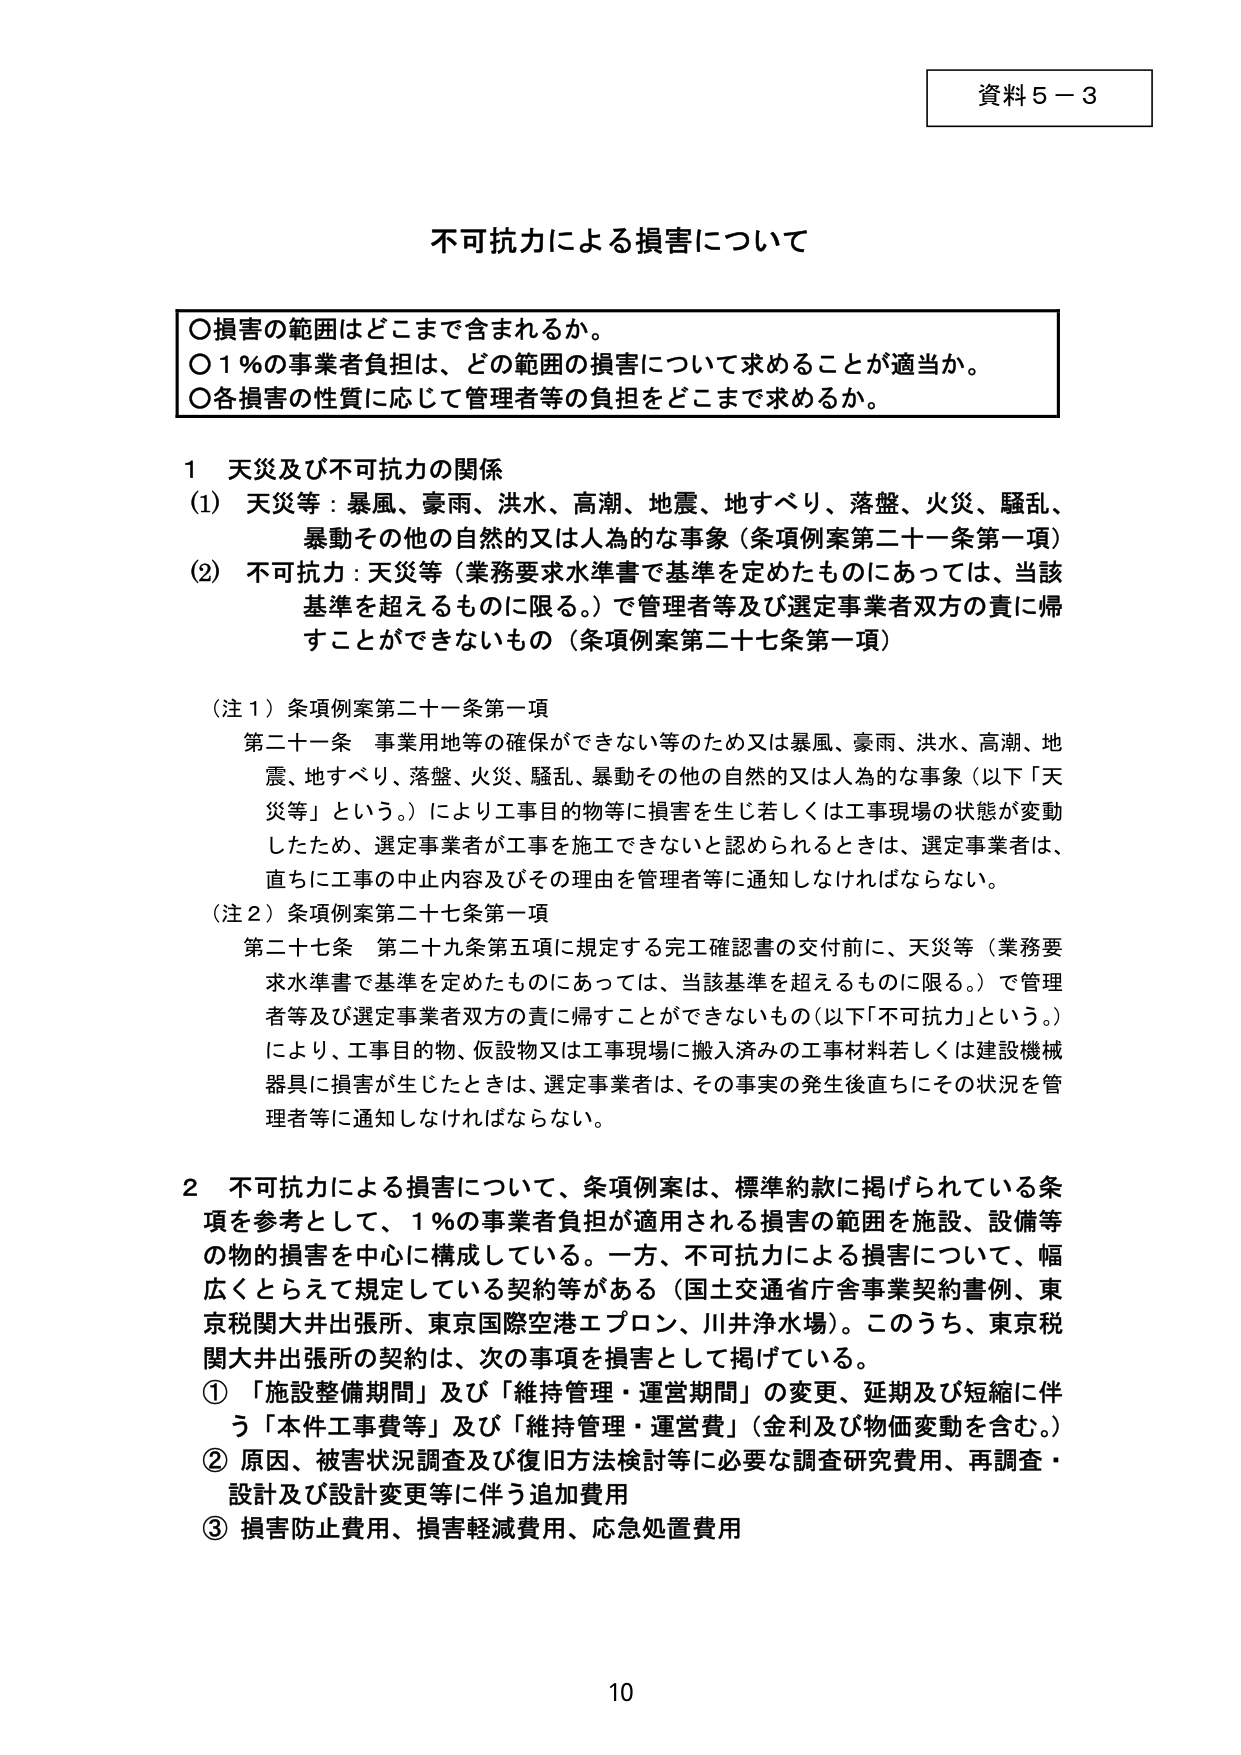
資料５－３

不可抗力による損害について

○損害の範囲はどこまで含まれるか。
○１％の事業者負担は、どの範囲の損害について求めることが適当か。
○各損害の性質に応じて管理者等の負担をどこまで求めるか。

１　天災及び不可抗力の関係
（1）　天災等：暴風、豪雨、洪水、高潮、地震、地すべり、落盤、火災、騒乱、
　　　暴動その他の自然的又は人為的な事象（条項例案第二十一条第一項）
（2）　不可抗力：天災等（業務要求水準書で基準を定めたものにあっては、当該
　　　基準を超えるものに限る。）で管理者等及び選定事業者双方の責に帰
　　　すことができないもの（条項例案第二十七条第一項）

（注１）条項例案第二十一条第一項
　　　第二十一条　事業用地等の確保ができない等のため又は暴風、豪雨、洪水、高潮、地
　　　震、地すべり、落盤、火災、騒乱、暴動その他の自然的又は人為的な事象（以下「天
　　　災等」という。）により工事目的物等に損害を生じ若しくは工事現場の状態が変動
　　　したため、選定事業者が工事を施工できないと認められるときは、選定事業者は、
　　　直ちに工事の中止内容及びその理由を管理者等に通知しなければならない。

（注２）条項例案第二十七条第一項
　　　第二十七条　第二十九条第五項に規定する完工確認書の交付前に、天災等（業務要
　　　求水準書で基準を定めたものにあっては、当該基準を超えるものに限る。）で管理
　　　者等及び選定事業者双方の責に帰すことができないもの（以下「不可抗力」という。）
　　　により、工事目的物、仮設物又は工事現場に搬入済みの工事材料若しくは建設機械
　　　器具に損害が生じたときは、選定事業者は、その事実の発生後直ちにその状況を管
　　　理者等に通知しなければならない。

２　不可抗力による損害について、条項例案は、標準約款に掲げられている条
　項を参考として、１％の事業者負担が適用される損害の範囲を施設、設備等
　の物的損害を中心に構成している。一方、不可抗力による損害について、幅
　広くとらえて規定している契約等がある（国土交通省庁舎事業契約書例、東
　京税関大井出張所、東京国際空港エプロン、川井浄水場）。このうち、東京税
　関大井出張所の契約は、次の事項を損害として掲げている。
　①「施設整備期間」及び「維持管理・運営期間」の変更、延期及び短縮に伴
　　う「本件工事費等」及び「維持管理・運営費」（金利及び物価変動を含む。）
　②原因、被害状況調査及び復旧方法検討等に必要な調査研究費用、再調査・
　　設計及び設計変更等に伴う追加費用
　③損害防止費用、損害軽減費用、応急処置費用

10